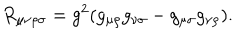
LaTeX: R _ { \mu \nu \rho \sigma } = g ^ { 2 } ( g _ { \mu \rho } g _ { \nu \sigma } - g _ { \mu \sigma } g _ { \nu \rho } ) .